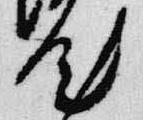
汰